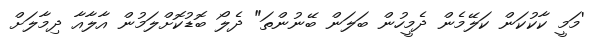
'މަމީ ކާކުކަން ކަލޭމެން ދެމީހުން ބަލަން ބޭނުންތަ" ދެލޯ ބޮޑުކޮށްލަމުން އާލާއާ ދިމާލަށް